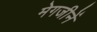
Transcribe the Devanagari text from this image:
मेगजीनें